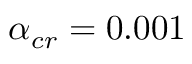
\alpha _ { c r } = 0 . 0 0 1